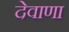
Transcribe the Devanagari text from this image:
देवाणा